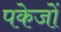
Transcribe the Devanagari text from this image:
पकेजों